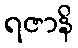
ရဇာနိ